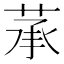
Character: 𦲶